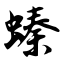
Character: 螓